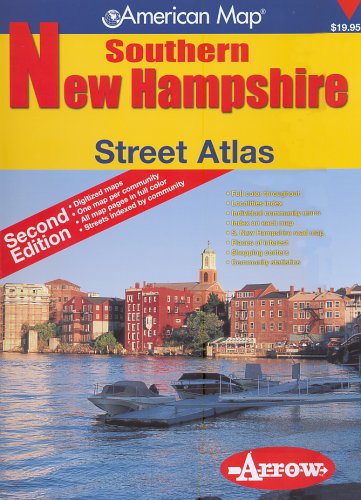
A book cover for American Map Southern New Hampshire: Street Atlas; Arrow Map; Travel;